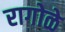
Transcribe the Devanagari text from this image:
रागोळे